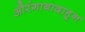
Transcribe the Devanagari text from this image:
औरंगाबादाहून